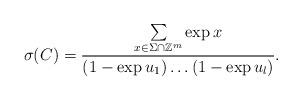
LaTeX: \begin{align*}\sigma(C)=\dfrac {\sum\limits_{x\in\Sigma\cap\mathbb{Z}^m} \exp x}{(1-\exp u_1)\ldots(1-\exp u_l)}.\end{align*}